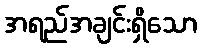
အရည်အချင်းရှိသော